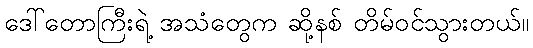
ဒေါ်တောကြီးရဲ့ အသံတွေက ဆို့နစ် တိမ်ဝင်သွားတယ်။